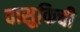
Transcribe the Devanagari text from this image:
वासुकिची